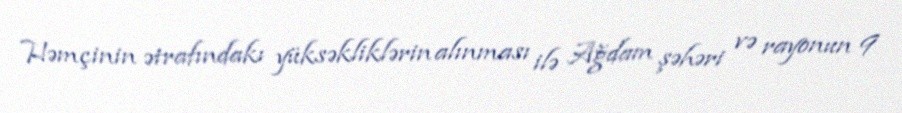
Həmçinin ətrafındakı yüksəkliklərin alınması ilə Ağdam şəhəri və rayonun 9